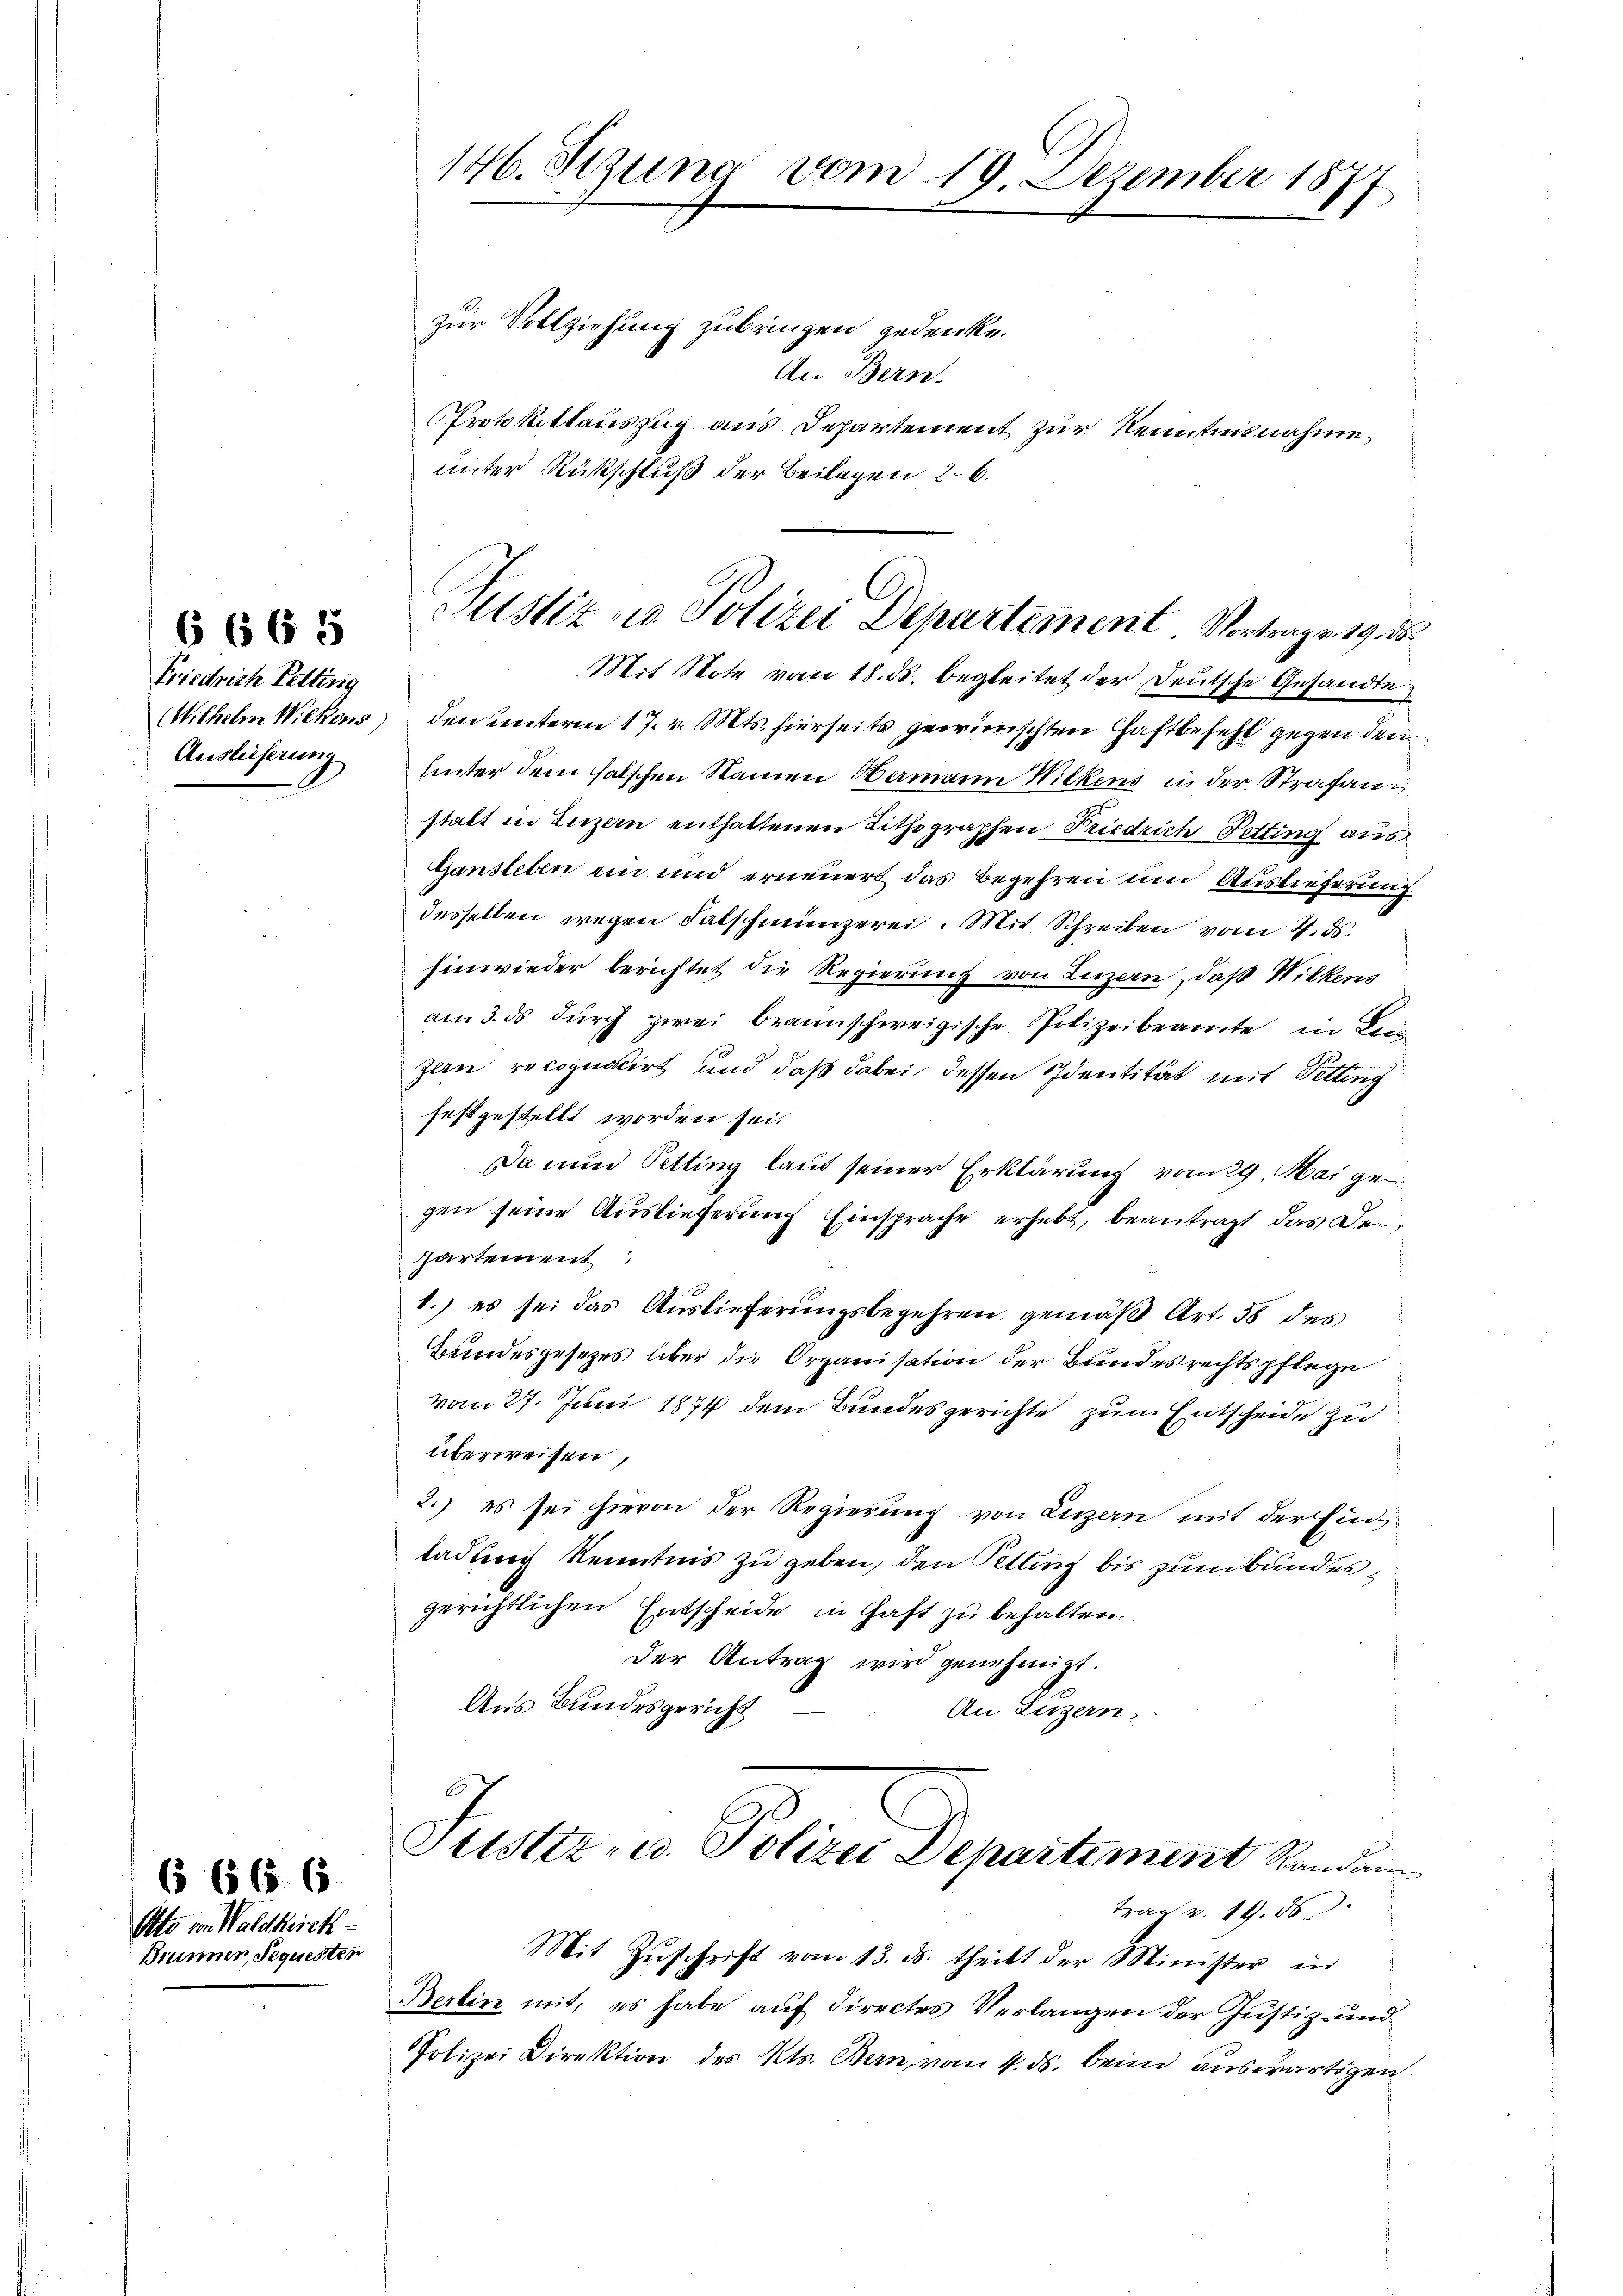
Friedrich Tetting
(Wilhelm Wilkens
Auslieferung

6665

Otto von Waldkirck
Brunner, Sequesten

666. 6

146. Sezung vom 19. Dezember 1877

Justiz - Polizei Departement Vortrage 19. 28.

zur Vollziehung zubringen gedenke.
An Bern.
Protokiltauszug aus Departement zur Kenntnisnahme
unter Rückschluß der Beilagen 26.
Mit Note vom 18. ds. begleitet der Deutsche Gesandte
den unterm 17. v. Mts. hierseits gewünschten Haftbefehl gegen den
Unter dem falschen Namen Namann Wilkens in der Strafans
statt in Luzern enthaltenen Lithographen Friedrich Petting aus
Gansleben ein und erneuert das Begehren und Auslieferung
desselben wegen Falschmünzerei. Mit Schreiben vom 4. ds.
Einwieder berichtet die Regierung von Luzern, daß Wilkens
am 3. ds durch zwei brannschweigische Polizeibeamte in Bein
zern recoguscirt und daß dabei, dessen Identität mit Vetting
festgestellt worden sei.
Da nun Petting laut seiner Erklärung vom 29. Mai gegen seine Auslieferung Einsprache erhebt, beantragt, das Deipartement
1.) es sei das Auslieferungsbegehren gemäß Art. 38 des
Bundesgesezes über die Organisation der Bundesrechtspflege
vom 27. Juni 1874 dem Bundesgerichte zum Entscheide zu
überweisen,
2.) es sei hievon der Regierung von Luzern mit der Einladung Kenntnis zu geben, den Atting bis zum Bundesgerichtlichen Entscheide in Haft zu behalten.
der Antrag wird genehmigt.
Aus Bundesgericht
An Luzern,

Justiz- u. Polizei Departement Randau
trag v. 19. 56

Mit Zŭschrift vom 13. ds. theilt der Minister in
Berlin mit, es habe auf directes Verlangen der Justiz- und
Polizei Direktion des Kts. Bern, vom 4. ds. beim auswärtigen